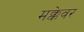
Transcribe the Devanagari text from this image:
मक्केवर